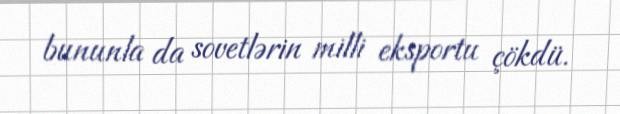
bununla da sovetlərin milli eksportu çökdü.